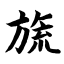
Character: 旒